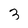
Character: 3